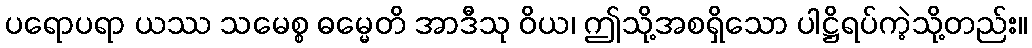
ပရောပရာ ယဿ သမေစ္စ ဓမ္မေတိ အာဒီသု ဝိယ၊ ဤသို့အစရှိသော ပါဋ္ဌိရပ်ကဲ့သို့တည်း။